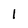
Character: l